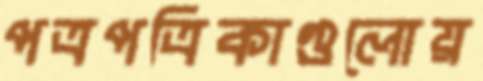
পত্রপত্রিকাগুলোয়